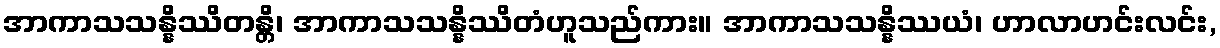
အာကာသသန္နိဿိတန္တိ၊ အာကာသသန္နိဿိတံဟူသည်ကား။ အာကာသသန္နိဿယံ၊ ဟာလာဟင်းလင်း,